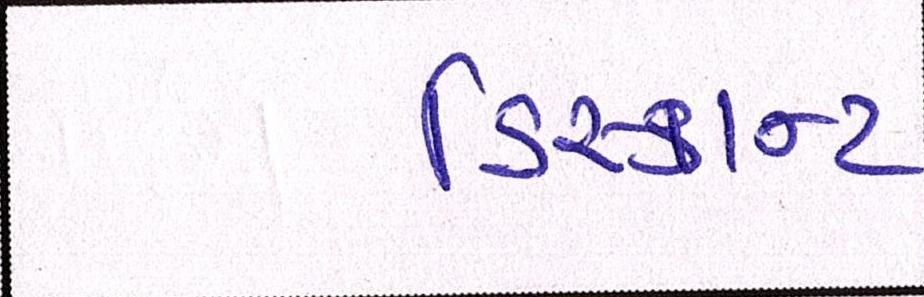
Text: ડિસ્કાન્ટ